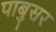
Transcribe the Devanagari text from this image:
पाबुसर